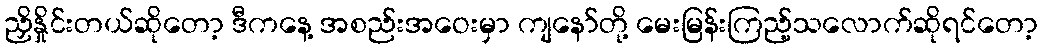
ညှိနှိုင်းတယ်ဆိုတော့ ဒီကနေ့ အစည်းအဝေးမှာ ကျနော်တို့ မေးမြန်းကြည့်သလောက်ဆိုရင်တော့